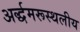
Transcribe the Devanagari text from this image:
अर्द्धमरूस्थलीय